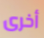
أخرى